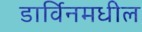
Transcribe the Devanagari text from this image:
डार्विनमधील